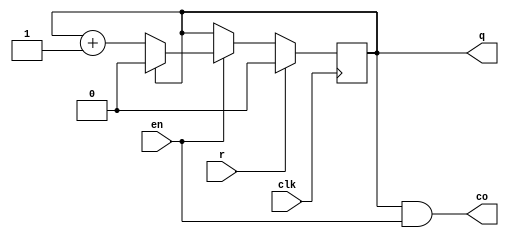
module counter_n (
    clk, r, en, co, q
);
    parameter n = 2;
    parameter counter_bits = 1;
    input r,clk,en;
    output co;
    output [counter_bits-1:0] q;
    reg [counter_bits-1:0] q=0;
    
    assign co=(q==(n-1))&&en;
    always @(posedge clk) begin
        if(r) q=0;
        else begin
            if(en) begin
                if(q==n-1) q=0;
                else q = q+1;
            end
        end
    end
endmodule